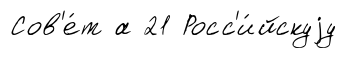
Сов'е́т а 21 Росс'и́йскуjу